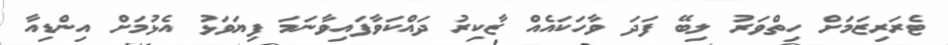
ޓެރަރިޒަމަށް ހިތްވަރު ލިބޭ ފަދަ ވާހަކައެއް ޒާކިރު ދައްކަވާފައިވާނަމަ ފިޔަވަޅު އެޅުމަށް އިންޑިއާ